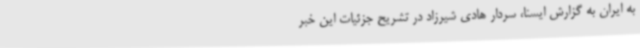
به ایران به گزارش ایسنا، سردار هادی شیرزاد در تشریح جزئیات این خبر